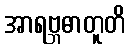
အာရဗ္ဘဓာတူတိ